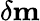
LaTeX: \delta\mathbf{m}